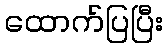
ထောက်ပြပြီး